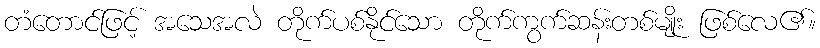
တံတောင်ဖြင့် အသေအလဲ တိုက်ပစ်နိုင်သော တိုက်ကွက်ဆန်းတစ်မျိုး ဖြစ်လေ၏။